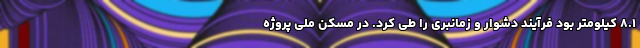
۸.۱ کیلومتر بود فرآیند دشوار و زمانبری را طی کرد. در مسکن ملی پروژه